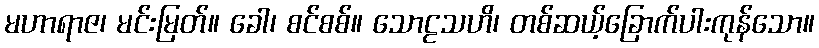
မဟာရာဇ၊ မင်းမြတ်။ ခေါ၊ စင်စစ်။ သောဠသဟိ၊ တစ်ဆယ့်ခြောက်ပါးကုန်သော။